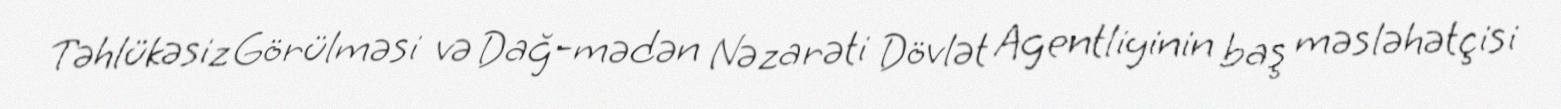
Təhlükəsiz Görülməsi və Dağ-mədən Nəzarəti Dövlət Agentliyinin baş məsləhətçisi